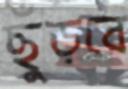
ছুঁড়বে